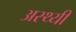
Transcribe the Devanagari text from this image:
अस्थ्यी